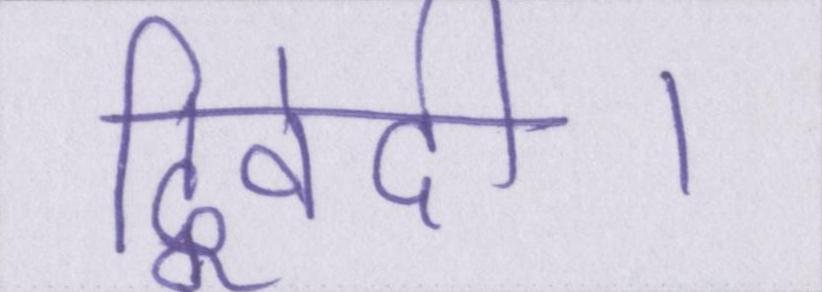
द्विवेदी।